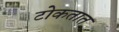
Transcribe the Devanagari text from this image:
टोकतात